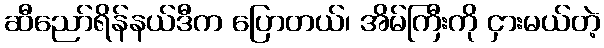
ဆီညော်ရိန်နယ်ဒီက ပြောတယ်၊ အိမ်ကြီးကို ငှားမယ်တဲ့